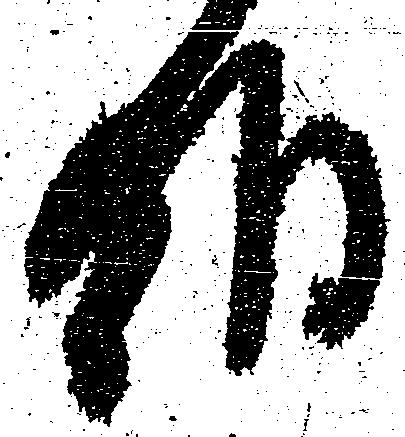
朝